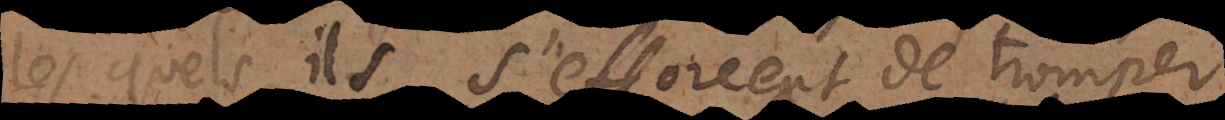
lesquels ils s’efforcent de tromp